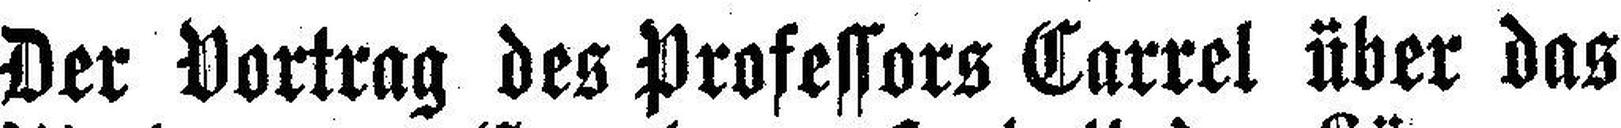
Der Vortrag des Professors Carrel über das